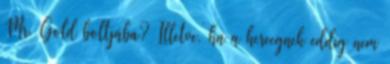
Mr. Gold boltjába? Illetve, ha a hercegnek eddig nem